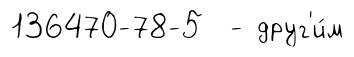
136470-78-5 - друг'и́м